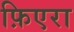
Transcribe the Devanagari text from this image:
फ़िएरा